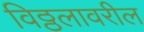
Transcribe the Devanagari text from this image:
विठ्ठलावरील